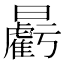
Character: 𣌉